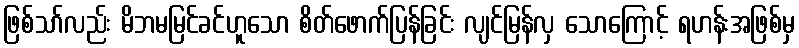
ဖြစ်သာ်လည်း မိဘမမြင်ခင်ဟူသော စိတ်ဖောက်ပြန်ခြင်း လျင်မြန်လှ သောကြောင့် ရဟန်းအဖြစ်မှ